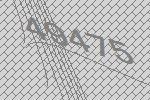
49475